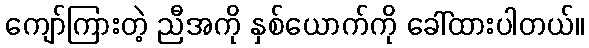
ကျော်ကြားတဲ့ ညီအကို နှစ်ယောက်ကို ခေါ်ထားပါတယ်။